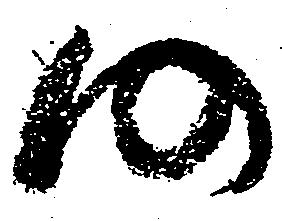
仍